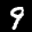
Label: 9